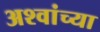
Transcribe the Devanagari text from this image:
अश्वांच्या